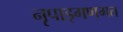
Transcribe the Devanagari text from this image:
नृपाड्गणगत